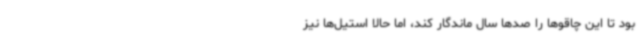
بود تا این چاقوها را صدها سال ماندگار کند، اما حالا استیل‌ها نیز